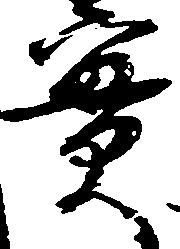
実